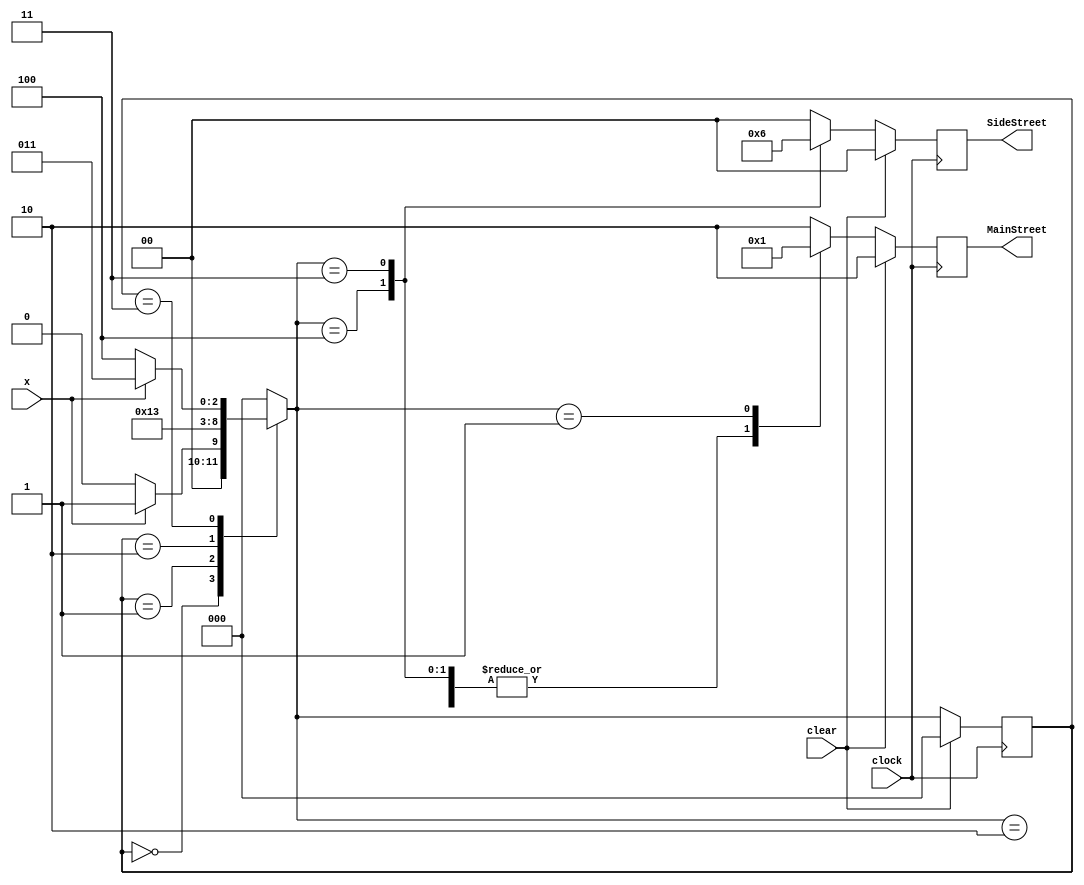
module TrafficLight(
	input x, clock, clear,
	output reg [1:0] MainStreet, SideStreet
);

localparam S0 = 3'd0;
localparam S1 = 3'd1;
localparam S2 = 3'd2;
localparam S3 = 3'd3;
localparam S4 = 3'd4;
localparam RED = 2'd0;
localparam YELLOW = 2'd1;
localparam GREEN = 2'd2;

reg [2:0] state, next_state;

always @(posedge clock)
begin
	if (clear)
		state <= S0;
	else
		state <= next_state;
end

always @(posedge clock)
begin
	if (clear) begin
		MainStreet <= GREEN;
		SideStreet <= RED;
	end else begin
		case (next_state)
			S4: begin
				MainStreet <= RED;
				SideStreet <= YELLOW;
			end
			S3: begin
				MainStreet <= RED;
				SideStreet <= GREEN;
			end
			S2: begin
				MainStreet <= RED;
				SideStreet <= RED;
			end
			S1: begin
				MainStreet <= YELLOW;
				SideStreet <= RED;
			end
			default: begin
				MainStreet <= GREEN;
				SideStreet <= RED;
			end
		endcase
	end
end

always @(*)
begin
	case (state)
		S0:
			if (x)
				next_state = S1;
			else
				next_state = S0;
		S1: next_state = S2;
		S2: next_state = S3;
		S3:
			if (x)
				next_state = S3;
			else
				next_state = S4;
		default: next_state = S0;
	endcase
end
endmodule